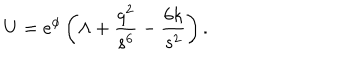
U = e ^ { \phi } \left( \Lambda + \frac { q ^ { 2 } } { s ^ { 6 } } - \frac { 6 k } { s ^ { 2 } } \right) .